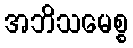
အဘိသမေစ္စ